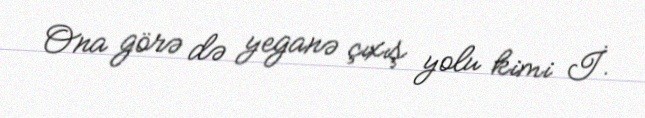
Ona görə də yeganə çıxış yolu kimi İ.